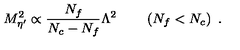
M _ { \eta ^ { \prime } } ^ { 2 } \propto \frac { N _ { f } } { N _ { c } - N _ { f } } \Lambda ^ { 2 } \qquad \left( N _ { f } < N _ { c } \right) \ .